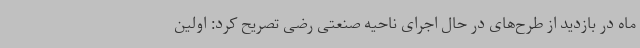
ماه در بازدید از طرح‌های در حال اجرای ناحیه صنعتی رضی تصریح کرد: اولین